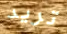
تريد